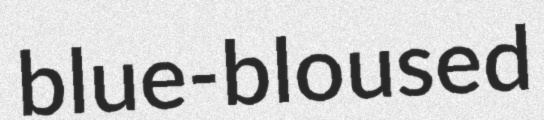
blue-bloused